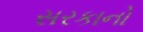
સરકાનો